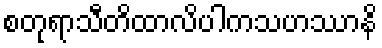
စတုရာသီတိထာလိပါကသဟဿာနိ